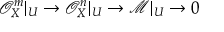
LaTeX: { \mathcal { O } } _ { X } ^ { m } | _ { U } \to { \mathcal { O } } _ { X } ^ { n } | _ { U } \to { \mathcal { M } } | _ { U } \to 0